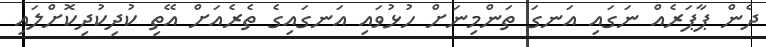
ދެން ޕާޕަރެއް ނަގައި އަނގަ ތަންމިނަށް ހުޅުވައި އަނގައިގެ ތެރެއަށް އޭތި ކުދިކުދިކޮށްލައި